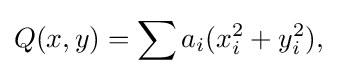
\displaystyle {Q(x,y)=\sum a_{i}(x_{i}^{2}+y_{i}^{2}),}